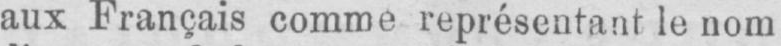
aux Français comme représentant le nom